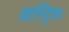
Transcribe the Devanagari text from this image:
आस्ट्रिक।